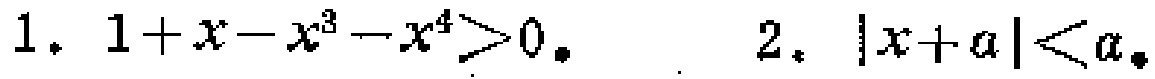
1. \(1 + x - x^{3}-x^{4}>0\)。 2. \(|x + a|<a\)。